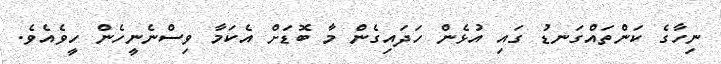
ނިހާގެ ކަންތައްގަނޑު ގައި އުޅެން ހަދައިގެން މާ ބޮޑަށް އެކަމާ ވިސްނެނީހެން ހީވެއެވެ.